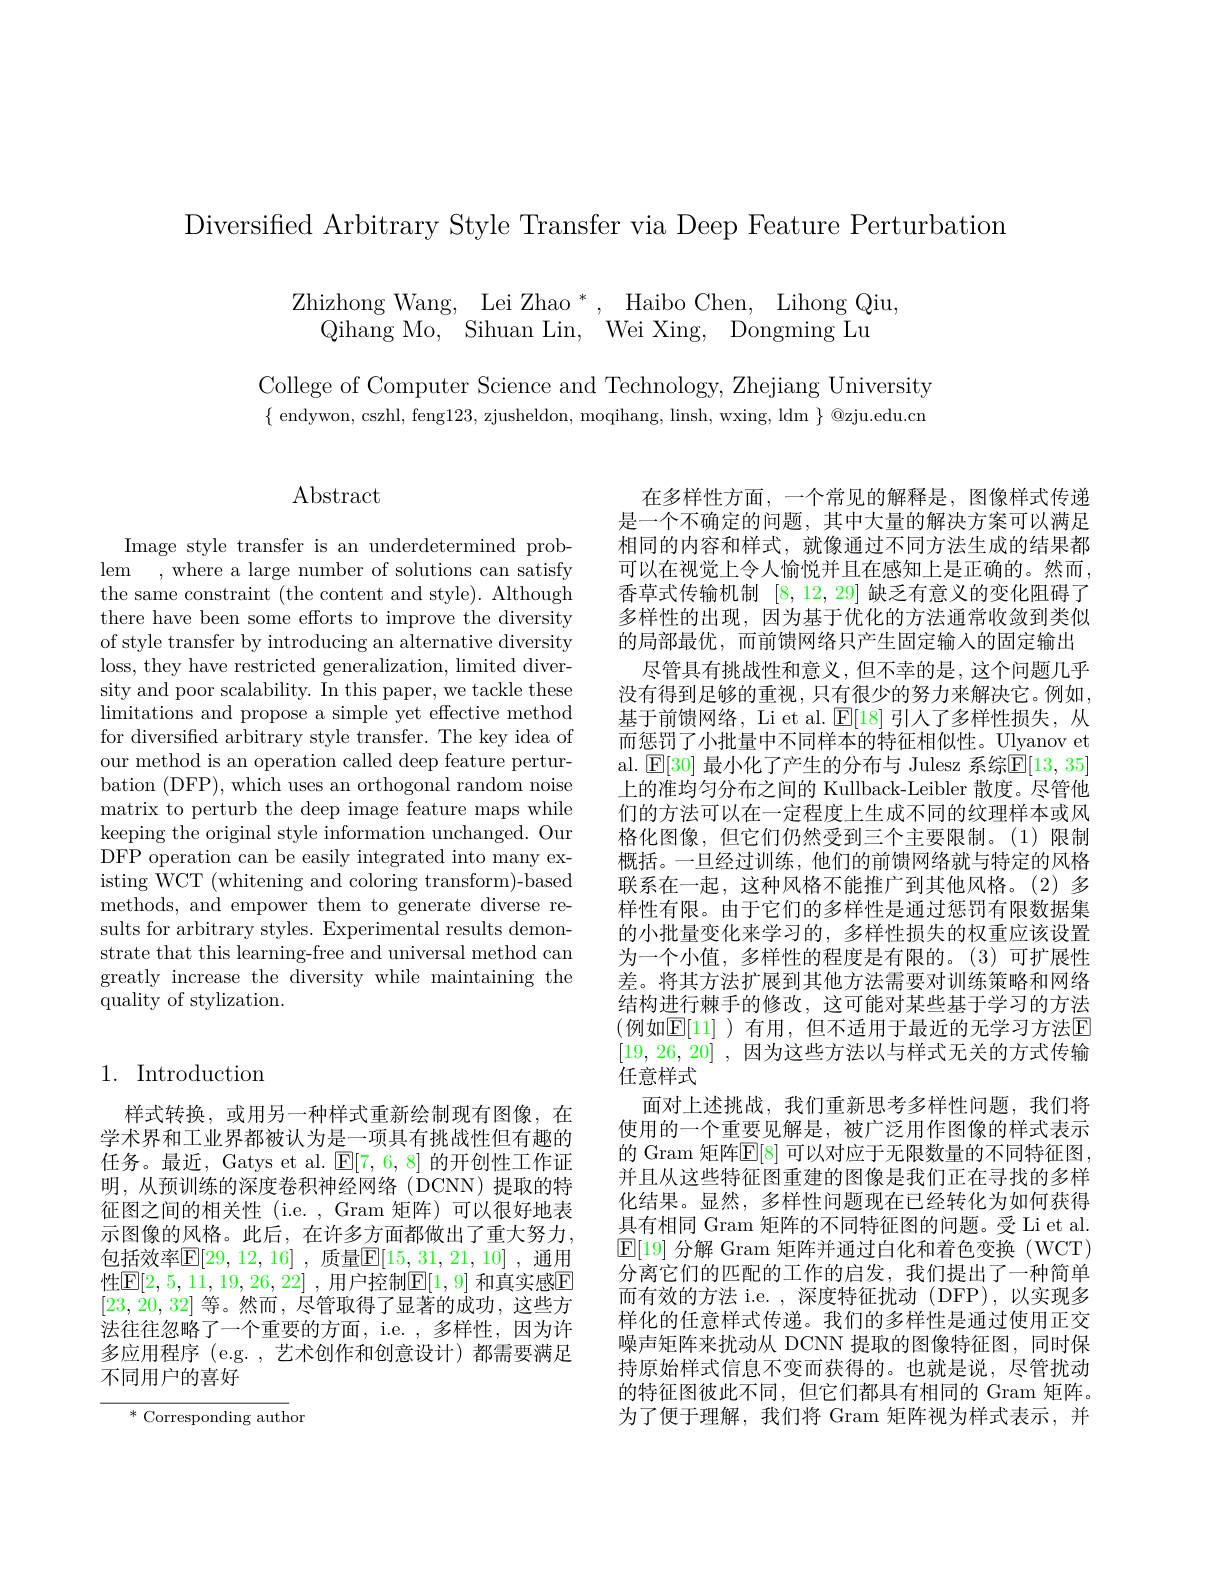
Diversified Arbitrary Style Transfer via Deep Feature Perturbation

$\begin{array}{c}{\mathrm{Zhizhong~Wang,~Lei~Zhao~*,~Haibo~Chen,~Lihong~Qiu,}}\\{\mathrm{Qihang~Mo,~Sihuan~Lin,~Wei~Xing,~Dongming~Lu}}\\\end{array}$

College of Computer Science and Technology, Zhejiang University $\{$endywon, cszhl, feng123, zjusheldon, moqihang, linsh, wxing, ldm $\}$ @zju.edu.cn

## Abstract

Image style transfer is an underdetermined problem , where a large number of solutions can satisfy the same constraint (the content and style). Although there have been some efforts to improve the diversity of style transfer by introducing an alternative diversity loss, they have restricted generalization, limited diversity and poor scalability. In this paper, we tackle these limitations and propose a simple yet effective method for diversified arbitrary style transfer. The key idea of our method is an operation called deep feature perturbation (DFP), which uses an orthogonal random noise matrix to perturb the deep image feature maps while keeping the original style information unchanged. Our DFP operation can be easily integrated into many existing WCT (whitening and coloring transform)-based methods, and empower them to generate diverse results for arbitrary styles. Experimental results demonstrate that this learning-free and universal method can greatly increase the diversity while maintaining the quality of stylization.

## 1. Introduction

样式转换，或用另一种样式重新绘制现有图像，在学术界和工业界都被认为是一项具有挑战性但有趣的任务。最近，Gatys et al. $\mathbb{E}[7,6,8]$的开创性工作证明，从预训练的深度卷积神经网络(DCNN)提取的特征图之间的相关性(i.e.,Gram 矩阵)可以很好地表示图像的风格。此后，在许多方面都做出了重大努力， 包括效率E[29,12,16] ,质量E[15,31,21,10] ,通用性$\overline {\mathrm{E} }[ 2, 5, 11, 19, 26, 22]$ ,用户控制$\underline{\mathrm{E}}[1,9]$ 和真实感$\overline{\mathrm{E}}$ [23,20,32]等。然而，尽管取得了显著的成功，这些方法往往忽略了一个重要的方面，i.e. ,多样性，因为许多应用程序 (e.g. ,艺术创作和创意设计)都需要满足不同用户的喜好

* Corresponding author

在多样性方面，一个常见的解释是，图像样式传递是一个不确定的问题，其中大量的解决方案可以满足相同的内容和样式，就像通过不同方法生成的结果都可以在视觉上令人愉悦并且在感知上是正确的。然而， 香草式传输机制[8,12,29]缺乏有意义的变化阻碍了多样性的出现，因为基于优化的方法通常收敛到类似的局部最优，而前馈网络只产生固定输入的固定输出
尽管具有挑战性和意义，但不幸的是，这个问题几乎没有得到足够的重视，只有很少的努力来解决它。例如， 基于前馈网络，Li et al. $\mathbb{E}[18]$引人了多样性损失，从而惩罚了小批量中不同样本的特征相似性。Ulyanov et al. $\mathsf{E}[30]$ 最小化了产生的分布与 Julesz 系综$\mathsf{E}[13,35]$ 上的准均匀分布之间的 Kullback-Leibler 散度。尽管他们的方法可以在一定程度上生成不同的纹理样本或风格化图像，但它们仍然受到三个主要限制。(1)限制概括。一旦经过训练，他们的前馈网络就与特定的风格联系在一起，这种风格不能推广到其他风格。(2)多样性有限。由于它们的多样性是通过惩罚有限数据集的小批量变化来学习的，多样性损失的权重应该设置为一个小值，多样性的程度是有限的。(3)可扩展性差。将其方法扩展到其他方法需要对训练策略和网络结构进行棘手的修改，这可能对某些基于学习的方法(例如$\mathbb{E}[11]$ )有用，但不适用于最近的无学习方法$\mathbb{E}$ [19,26,20] , 因为这些方法以与样式无关的方式传输任意样式
面对上述挑战，我们重新思考多样性问题，我们将使用的一个重要见解是，被广泛用作图像的样式表示的 Gram 矩阵$\mathbb{E}[8]$ 可以对应于无限数量的不同特征图， 并且从这些特征图重建的图像是我们正在寻找的多样化结果。显然，多样性问题现在已经转化为如何获得具有相同 Gram 矩阵的不同特征图的问题。受 Li et al. $\boxed{\mathrm{E}[19]\text{ 分解 Gram 矩阵并通过白化和着色变换(WCT)}}$ 分离它们的匹配的工作的启发，我们提出了一种简单而有效的方法 i.e. , 深度特征扰动 (DFP), 以实现多样化的任意样式传递。我们的多样性是通过使用正交噪声矩阵来扰动从 DCNN 提取的图像特征图，同时保持原始样式信息不变而获得的。也就是说，尽管扰动的特征图彼此不同，但它们都具有相同的 Gram 矩阵。为了便于理解，我们将 Gram 矩阵视为样式表示，并